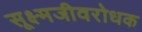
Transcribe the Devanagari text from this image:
सूक्ष्मजीवरोधक